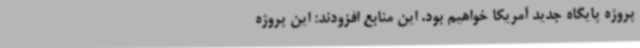
پروژه پایگاه جدید آمریکا خواهیم بود. این منابع افزودند: این پروژه